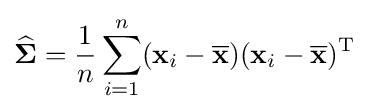
{\widehat {\boldsymbol {\Sigma }}}={1 \over n}\sum _{i=1}^{n}({\mathbf {x} }_{i}-{\overline {\mathbf {x} }})({\mathbf {x} }_{i}-{\overline {\mathbf {x} }})^{\mathrm {T} }